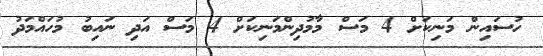
ހުސައިން މަނިކަށް 4 މަސް މާމުދިންމަނިކަށް 4 މަސް އަދި ނައިބު މުހައްމަދު